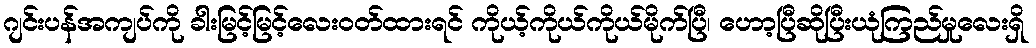
ဂျင်းပန်အကျပ်ကို ခါးမြင့်မြင့်လေးဝတ်ထားရင် ကိုယ့်ကိုယ်ကိုယ်မိုက်ပြီ၊ ဟော့ပြီဆိုပြီးယုံကြည်မှုလေးရှိ